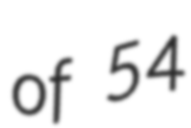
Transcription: of 54